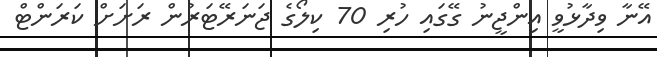
އޭނާ ވިދާޅުވީ އިންޖީނު ގޭގައި ހުރި 70 ކިލޯގެ ޖަނަރޭޓަރުން ރަށަށް ކަރަންޓް